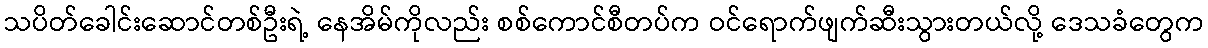
သပိတ်ခေါင်းဆောင်တစ်ဦးရဲ့ နေအိမ်ကိုလည်း စစ်ကောင်စီတပ်က ဝင်ရောက်ဖျက်ဆီးသွားတယ်လို့ ဒေသခံတွေက